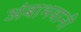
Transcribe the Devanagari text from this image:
अंबाभवानी